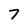
Character: 7